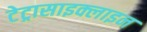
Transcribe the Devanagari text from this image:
टेट्रासाइक्लाइन